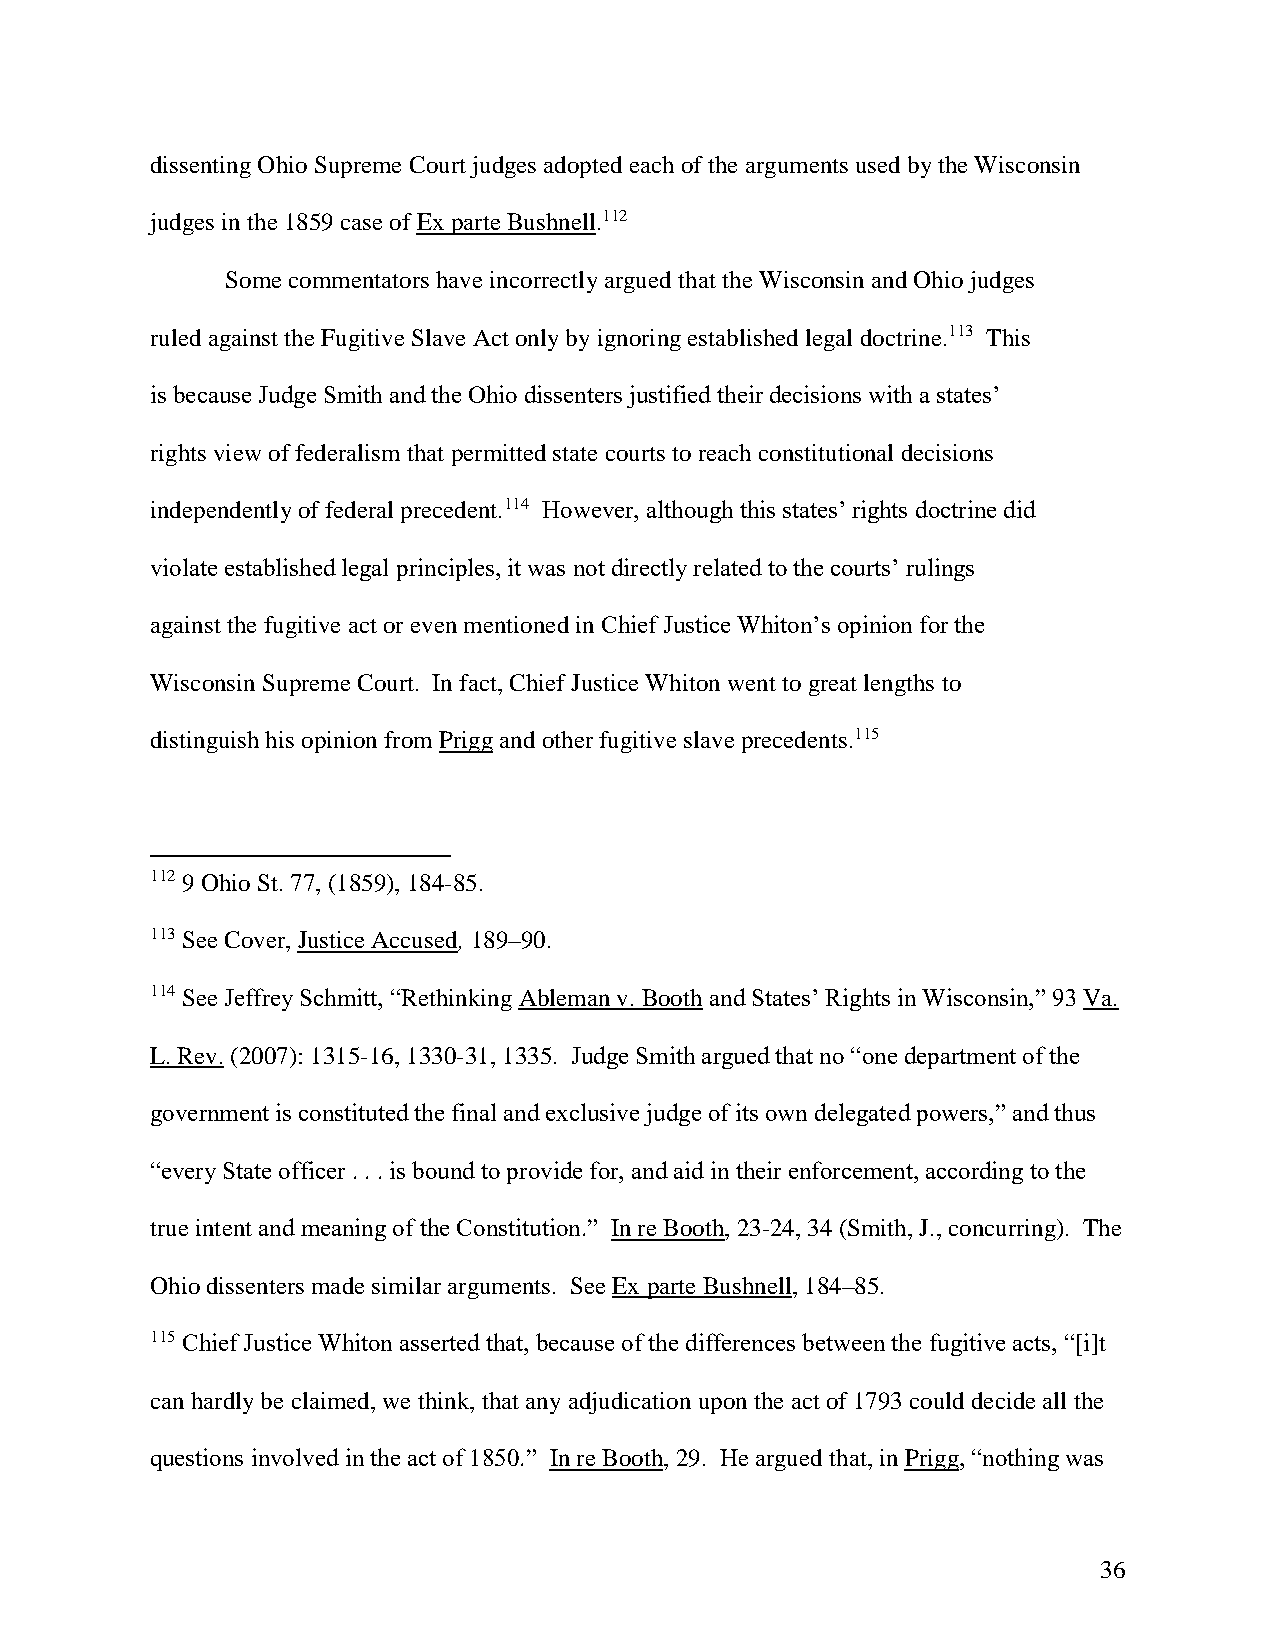
dissenting Ohio Supreme Court judges adopted each of the arguments used by the Wisconsin
 judges in the 1859 case of Ex parte Bushnell.112
 Some commentators have incorrectly argued that the Wisconsin and Ohio judges
 ruled against the Fugitive Slave Act only by ignoring established legal doctrine.113 This
 is because Judge Smith and the Ohio dissenters justified their decisions with a states’
 rights view of federalism that permitted state courts to reach constitutional decisions
 independently of federal precedent.114 However, although this states’ rights doctrine did
 violate established legal principles, it was not directly related to the courts’ rulings
 against the fugitive act or even mentioned in Chief Justice Whiton’s opinion for the
 Wisconsin Supreme Court. In fact, Chief Justice Whiton went to great lengths to
 distinguish his opinion from Prigg and other fugitive slave precedents.115
 112 9 Ohio St. 77, (1859), 184-85.
 113 See Cover, Justice Accused, 189–90.
 114 See Jeffrey Schmitt, “Rethinking Ableman v. Booth and States’ Rights in Wisconsin,” 93 Va.
 L. Rev. (2007): 1315-16, 1330-31, 1335. Judge Smith argued that no “one department of the
 government is constituted the final and exclusive judge of its own delegated powers,” and thus
 “every State officer . . . is bound to provide for, and aid in their enforcement, according to the
 true intent and meaning of the Constitution.” In re Booth, 23-24, 34 (Smith, J., concurring). The
 Ohio dissenters made similar arguments. See Ex parte Bushnell, 184–85.
 115 Chief Justice Whiton asserted that, because of the differences between the fugitive acts, “[i]t
 can hardly be claimed, we think, that any adjudication upon the act of 1793 could decide all the
 questions involved in the act of 1850.” In re Booth, 29. He argued that, in Prigg, “nothing was
 36